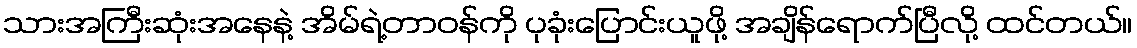
သားအကြီးဆုံးအနေနဲ့ အိမ်ရဲ့တာဝန်ကို ပုခုံးပြောင်းယူဖို့ အချိန်ရောက်ပြီလို့ ထင်တယ်။